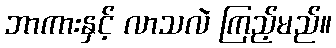
ဘာကားနှင့် လာသလဲ ကြည့်မည်။